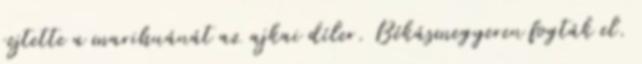
rejtette a marihuánát az ajkai díler. Békásmegyeren fogták el.